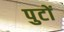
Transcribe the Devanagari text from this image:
पुटों